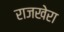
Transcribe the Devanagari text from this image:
राजखेरा